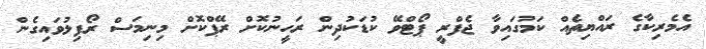
އެމެރިކާގެ ރައްޔިތެއް ކަމުގައިވާ ޖެފްރީ ޕޯޓްވޭ ކުޑަކުދިން ރަހީނުކޮށް ރޭޕްކޮށް މިނިމަސް ރޯފިލުވައިގެން